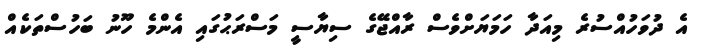
އެ ދުވަހުއްސުރެ މިއަދާ ހަމަޔަށްވެސް ރާއްޖޭގެ ސިޔާސީ މަސްރަޙުގައި އެންމެ ހޫނު ބަހުސްތަކެއް